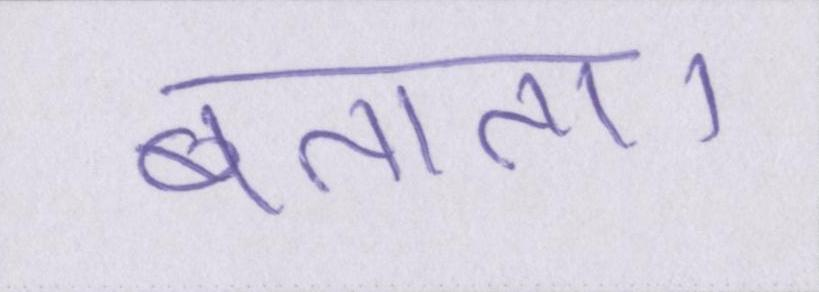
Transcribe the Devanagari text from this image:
बताता।